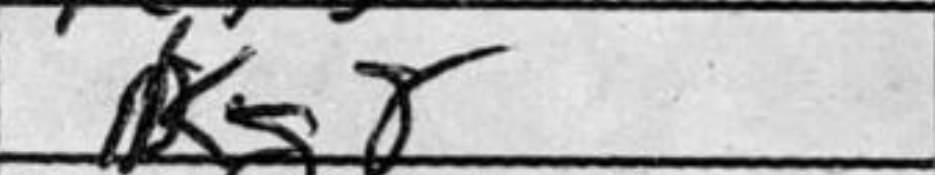
Transcription: Kg8